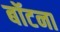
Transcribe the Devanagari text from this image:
बॉटना